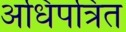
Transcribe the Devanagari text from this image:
अधिपत्रित